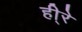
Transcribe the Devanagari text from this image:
ही्रे